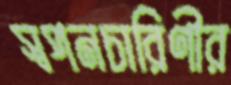
স্বপনচারিণীর